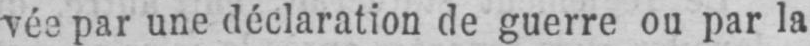
vée par une déclaration de guerre ou par la